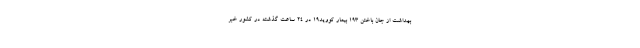
بهداشت از جان باختن ۱۹۳ بیمار کووید۱۹ در ۲۴ ساعت گذشته در کشور خبر